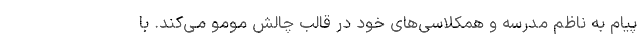
پیام به ناظم مدرسه و همکلاسی‌های خود در قالب چالش مومو می‌کند. با